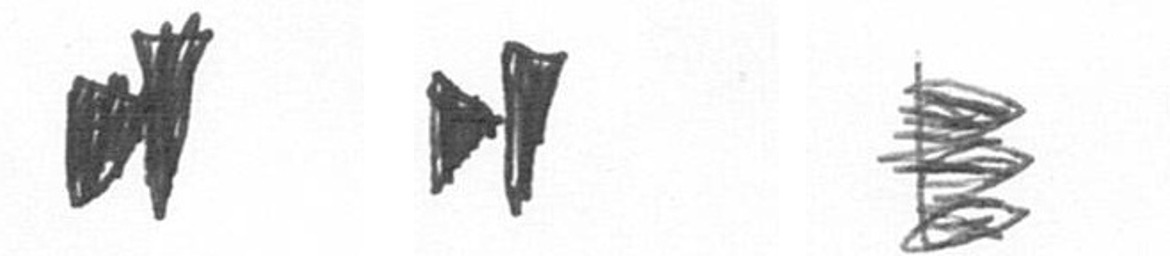
M M H